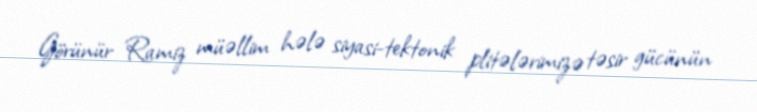
Görünür Ramiz müəllim hələ siyasi-tektonik plitələrimizə təsir gücünün